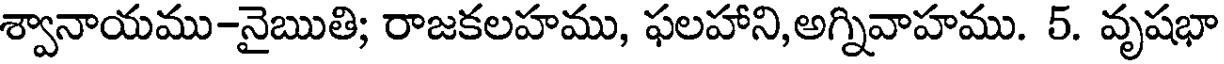
శ్వానాయము-నైఋతి; రాజకలహము, ఫలహాని,అగ్నివాహము. 5. వృషభా